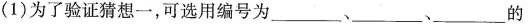
（1）为了验证猜想一，可选用编号为__________________的